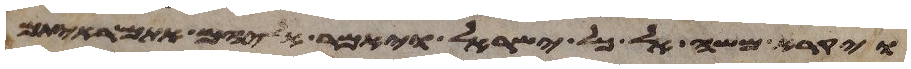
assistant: ויקרא משה אל כל ישראל ויאמר אליהם אתם ראיתם